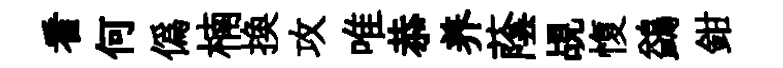
看何偽楠换攻唯恭养蔭覘愎鷁鉗